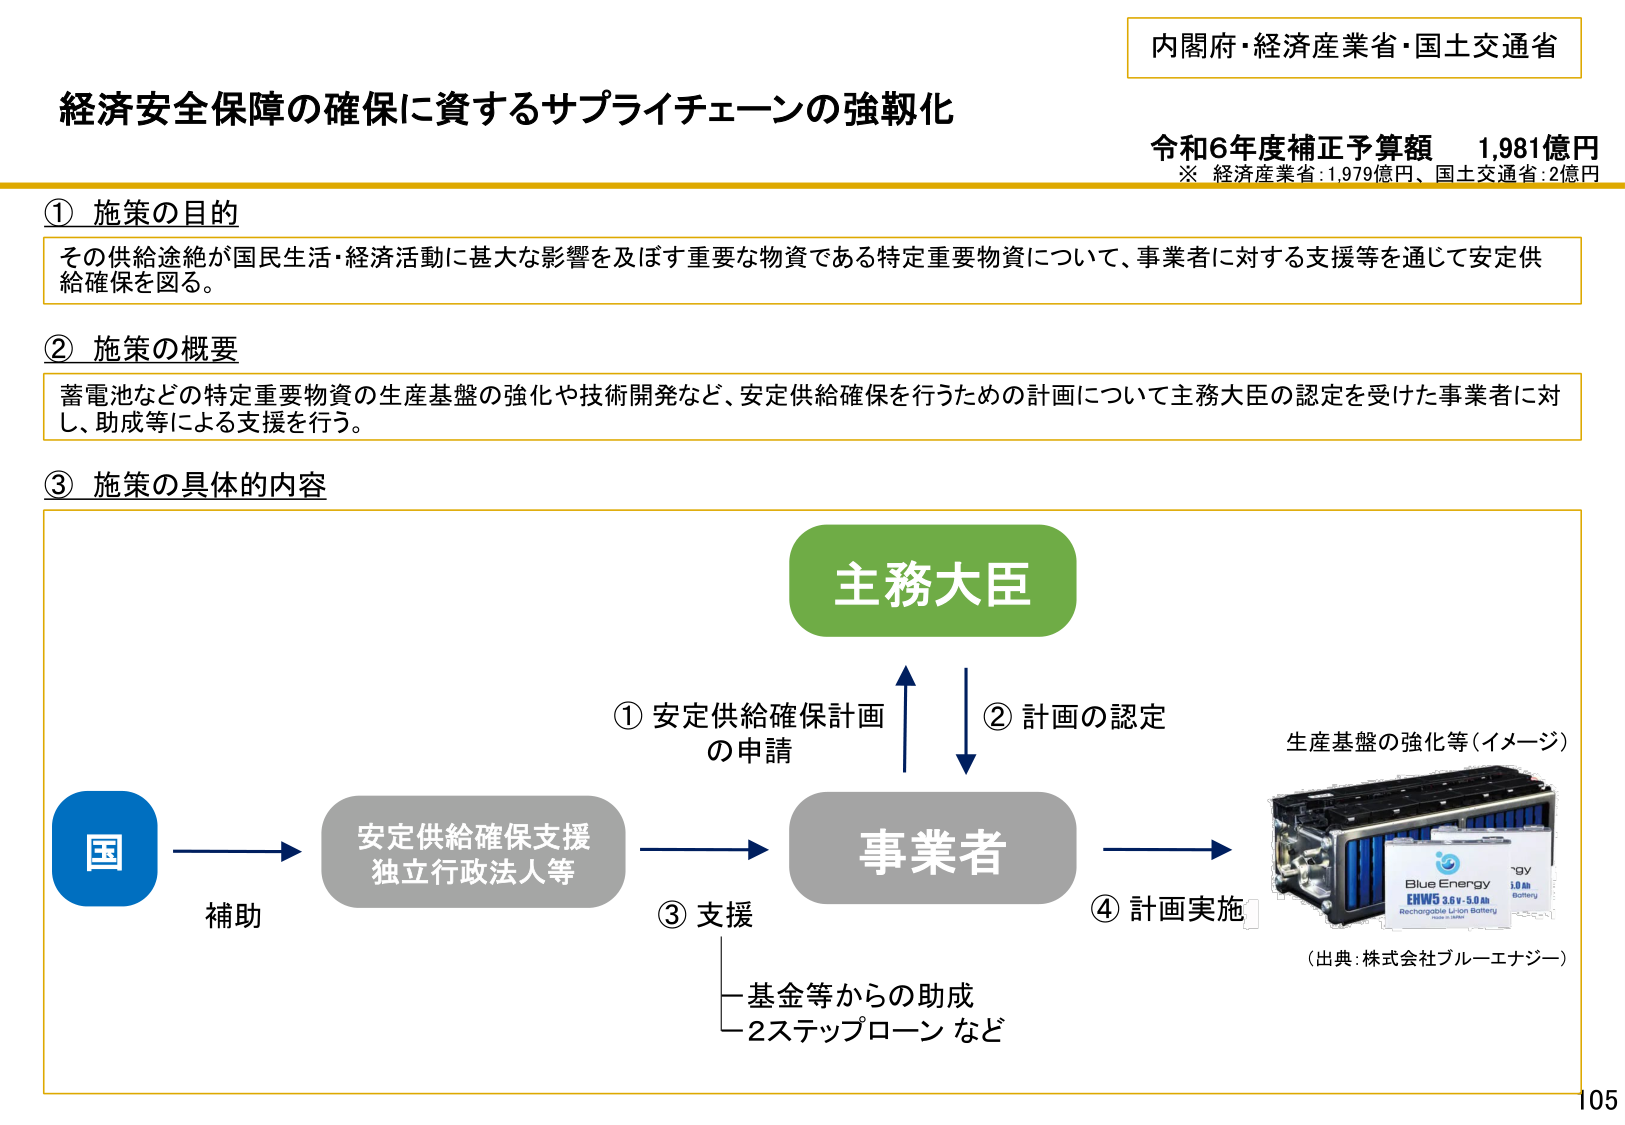
内閣府・経済産業省・国土交通省
経済安全保障の確保に資するサプライチェーンの強靭化
令和6年度補正予算額 1,981億円
※ 経済産業省:1,979億円、国土交通省:2億円

① 施策の目的
その供給途絶が国民生活・経済活動に甚大な影響を及ぼす重要な物資である特定重要物資について、事業者に対する支援等を通じて安定供給確保を図る。

② 施策の概要
蓄電池などの特定重要物資の生産基盤の強化や技術開発など、安定供給確保を行うための計画について主務大臣の認定を受けた事業者に対し、助成等による支援を行う。

③ 施策の具体的な内容
主務大臣
① 安定供給確保計画の申請
② 計画の認定
国 → 安定供給確保支援独立行政法人等 → 事業者 → 計画実施
補助
③ 支援
－基金等からの助成
－2ステップローン など
生産基盤の強化等（イメージ）
（出典：株式会社ブルーエナジー）
Blue Energy
ENWG 3.6V 5.0Ah
Rechargeable Li-ion Battery
Made in Japan
105